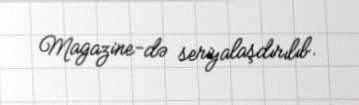
Magazine-də seriyalaşdırılıb.